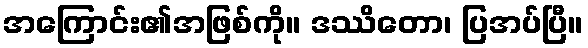
အကြောင်း၏အဖြစ်ကို။ ဒဿိတော၊ ပြအပ်ပြီ။